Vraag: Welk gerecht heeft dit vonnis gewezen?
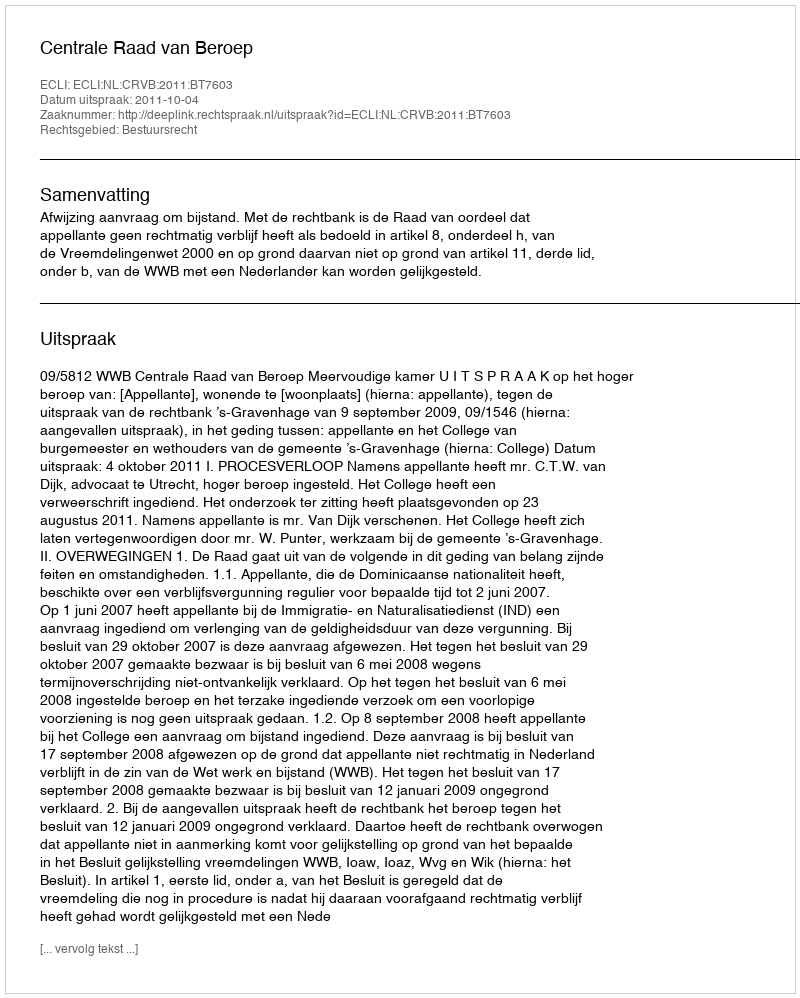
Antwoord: Centrale Raad van Beroep